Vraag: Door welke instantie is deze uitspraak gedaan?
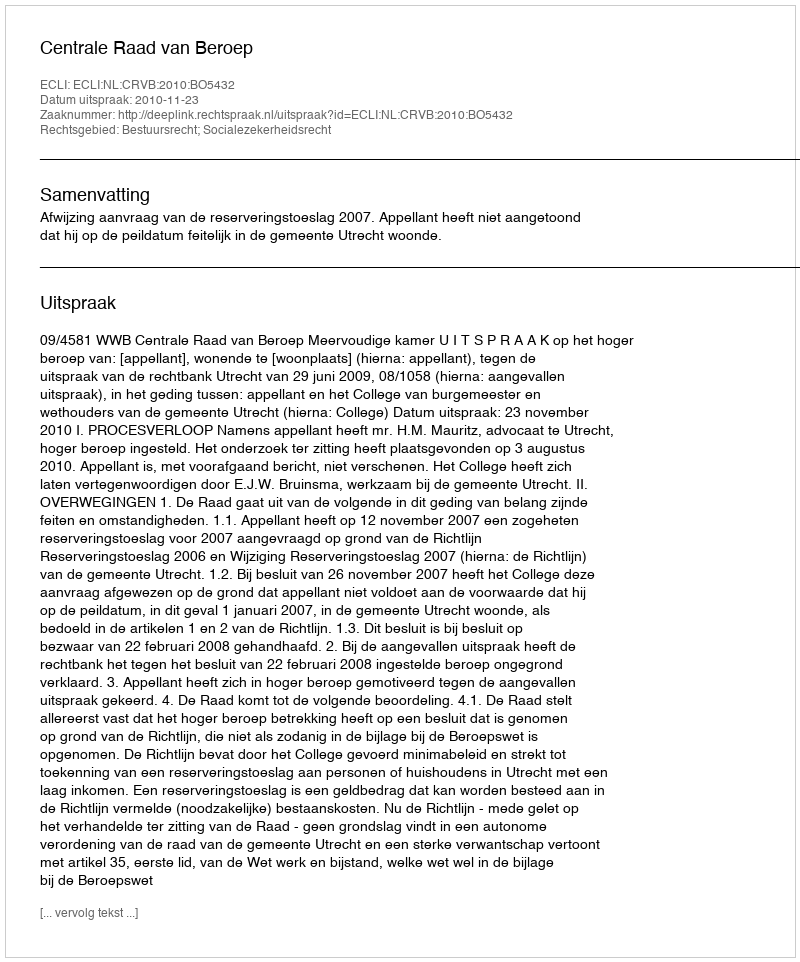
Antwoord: Centrale Raad van Beroep